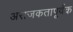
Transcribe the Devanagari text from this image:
अराजकतापूर्वक